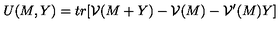
U ( M , Y ) = t r [ { \cal V } ( M + Y ) - { \cal V } ( M ) - { \cal V } ^ { \prime } ( M ) Y ]